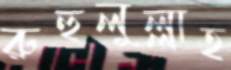
রুহুলুল্লাহ